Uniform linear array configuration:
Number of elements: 8
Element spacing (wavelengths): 0.25
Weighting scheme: hamming
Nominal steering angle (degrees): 60
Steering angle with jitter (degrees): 58.014
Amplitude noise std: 0.05
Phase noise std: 0.05

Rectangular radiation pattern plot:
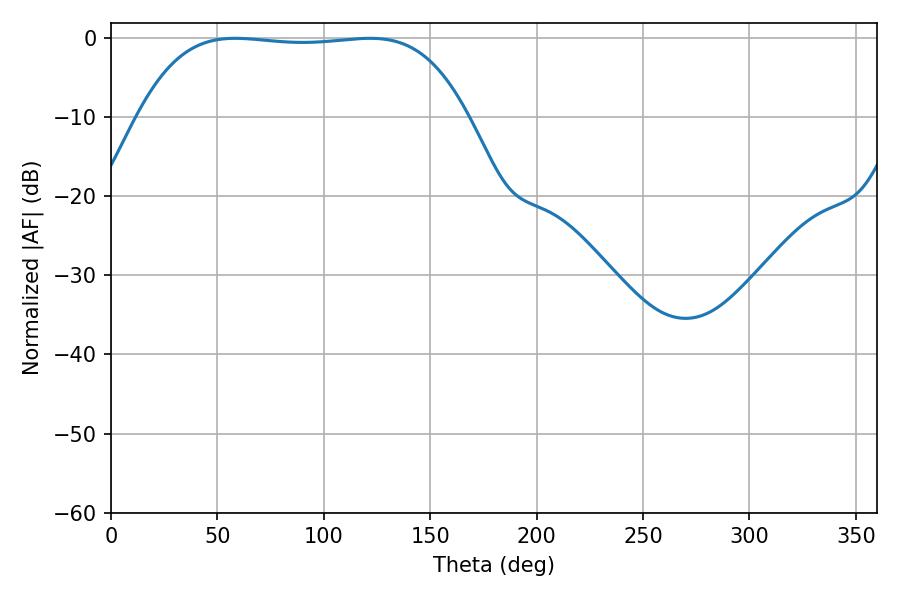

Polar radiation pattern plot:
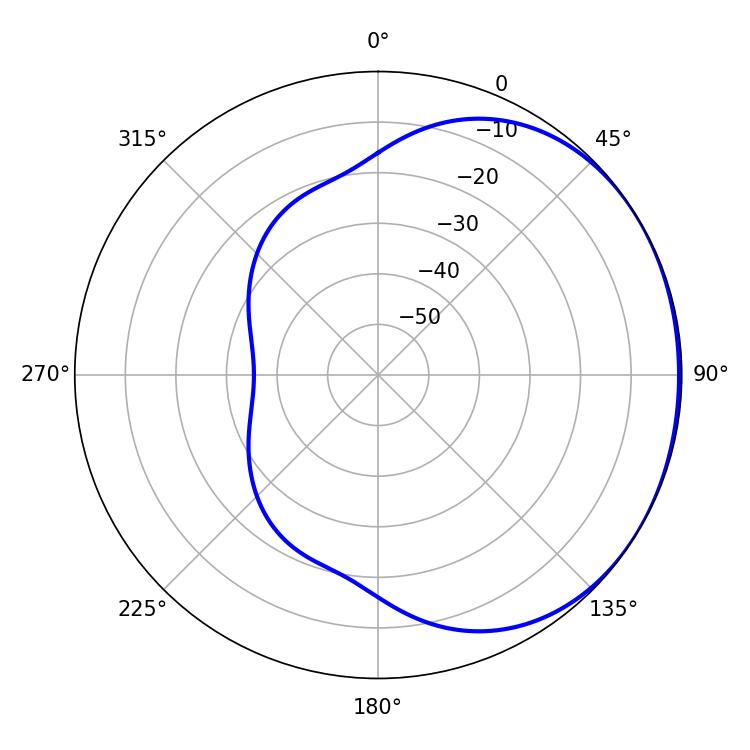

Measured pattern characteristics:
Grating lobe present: FALSE
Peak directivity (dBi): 0.8686
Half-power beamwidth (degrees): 120.6
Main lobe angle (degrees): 58.32